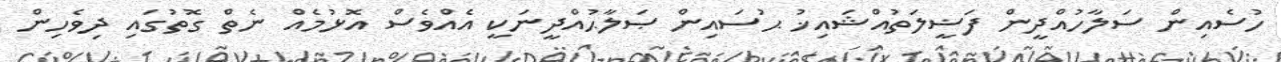
ހުސެއިން ސަލާހުއްދީން ފަޟީލަތުއްޝައިޚު ޙުސައިން ޞަލާޙުއްދީނަކީ އެއްވެސް އޮޅުމެއް ނެތް ގޮތުގައި ދިވެހިން